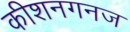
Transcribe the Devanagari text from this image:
कीशनगनज